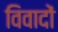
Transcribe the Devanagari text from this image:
विवादों